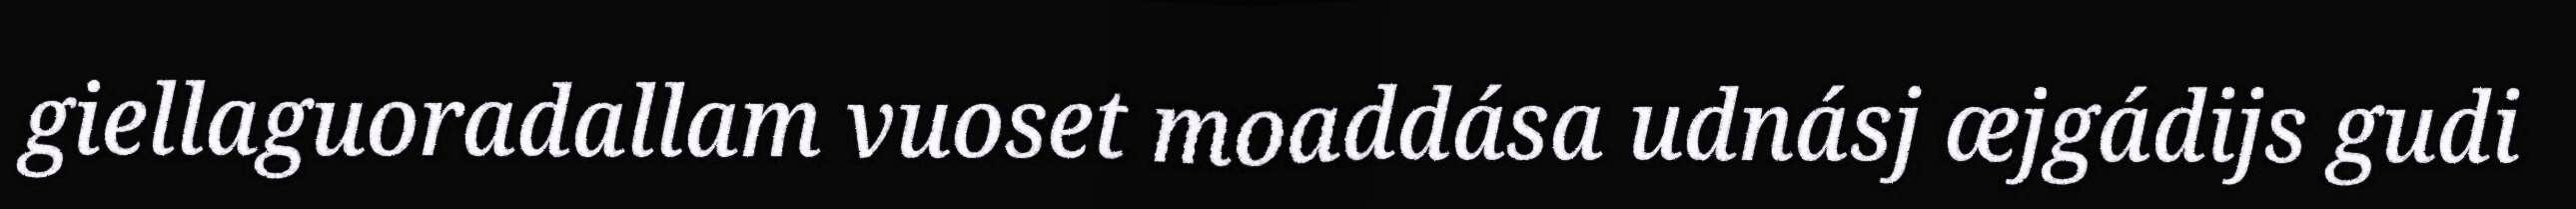
giellaguoradallam vuoset moaddása udnásj æjgádijs gudi